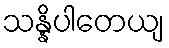
သန္နိပါတေယျ